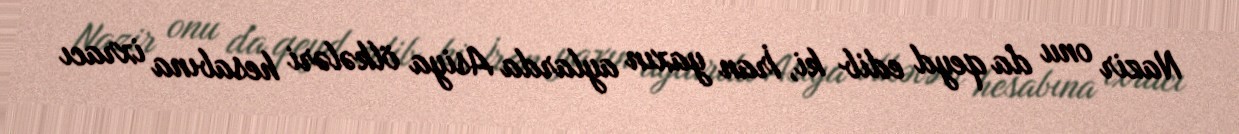
Nazir onu da qeyd edib ki, İran yaxın aylarda Asiya ölkələri hesabına ixracı